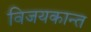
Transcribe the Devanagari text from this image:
विजयकान्त